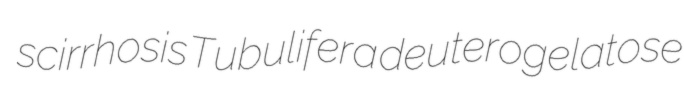
scirrhosis Tubulifera deuterogelatose